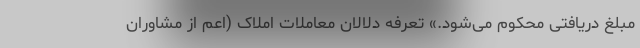
مبلغ دریافتی محکوم می‌شود.» تعرفه دلالان معاملات املاک (اعم از مشاوران